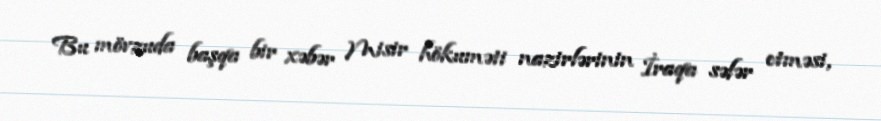
Bu mövzuda başqa bir xəbər Misir hökuməti nazirlərinin İraqa səfər etməsi,